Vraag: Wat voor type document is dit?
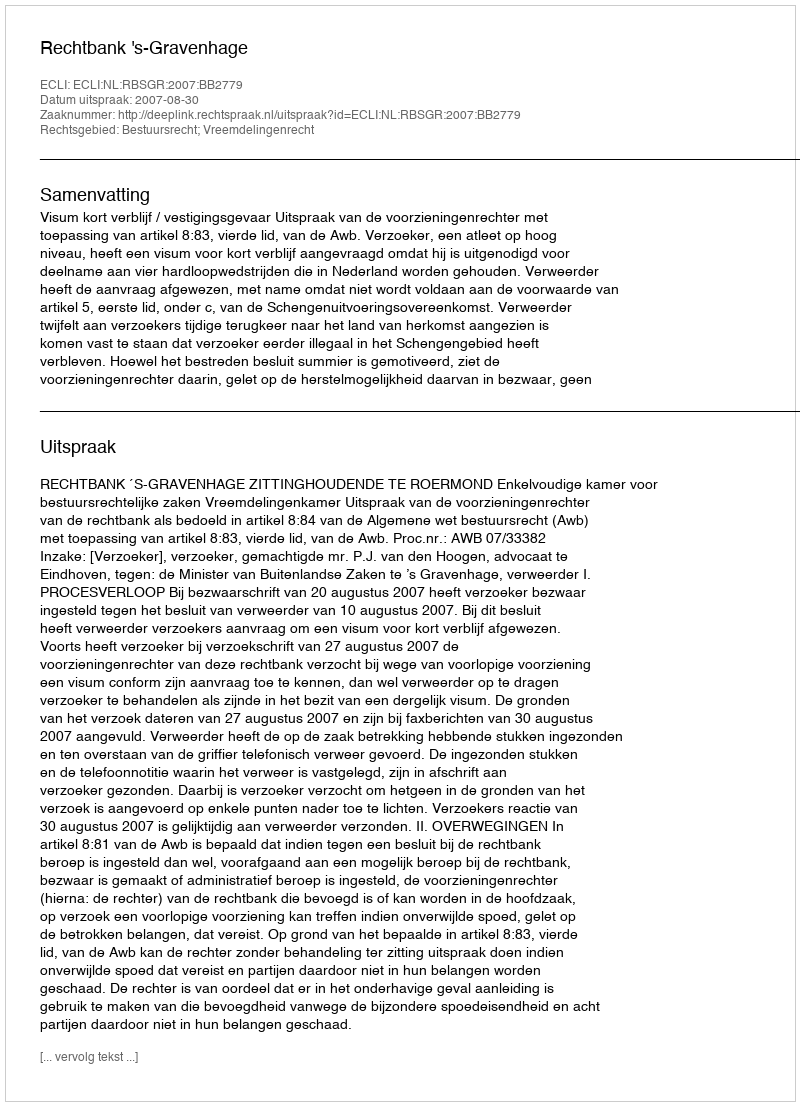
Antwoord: Uitspraak